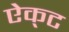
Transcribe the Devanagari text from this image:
ऐक्‌ट